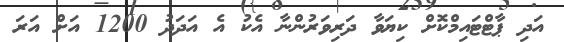
އަދި ޕާޓްޓައިމްކޮށް ކިޔަވާ ދަރިވަރުންނާ އެކު އެ އަދަދު 1200 އަށް އަރަ